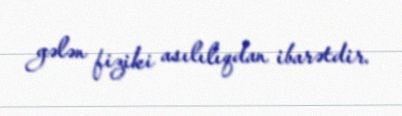
gələn fiziki asılılıqdan ibarətdir.